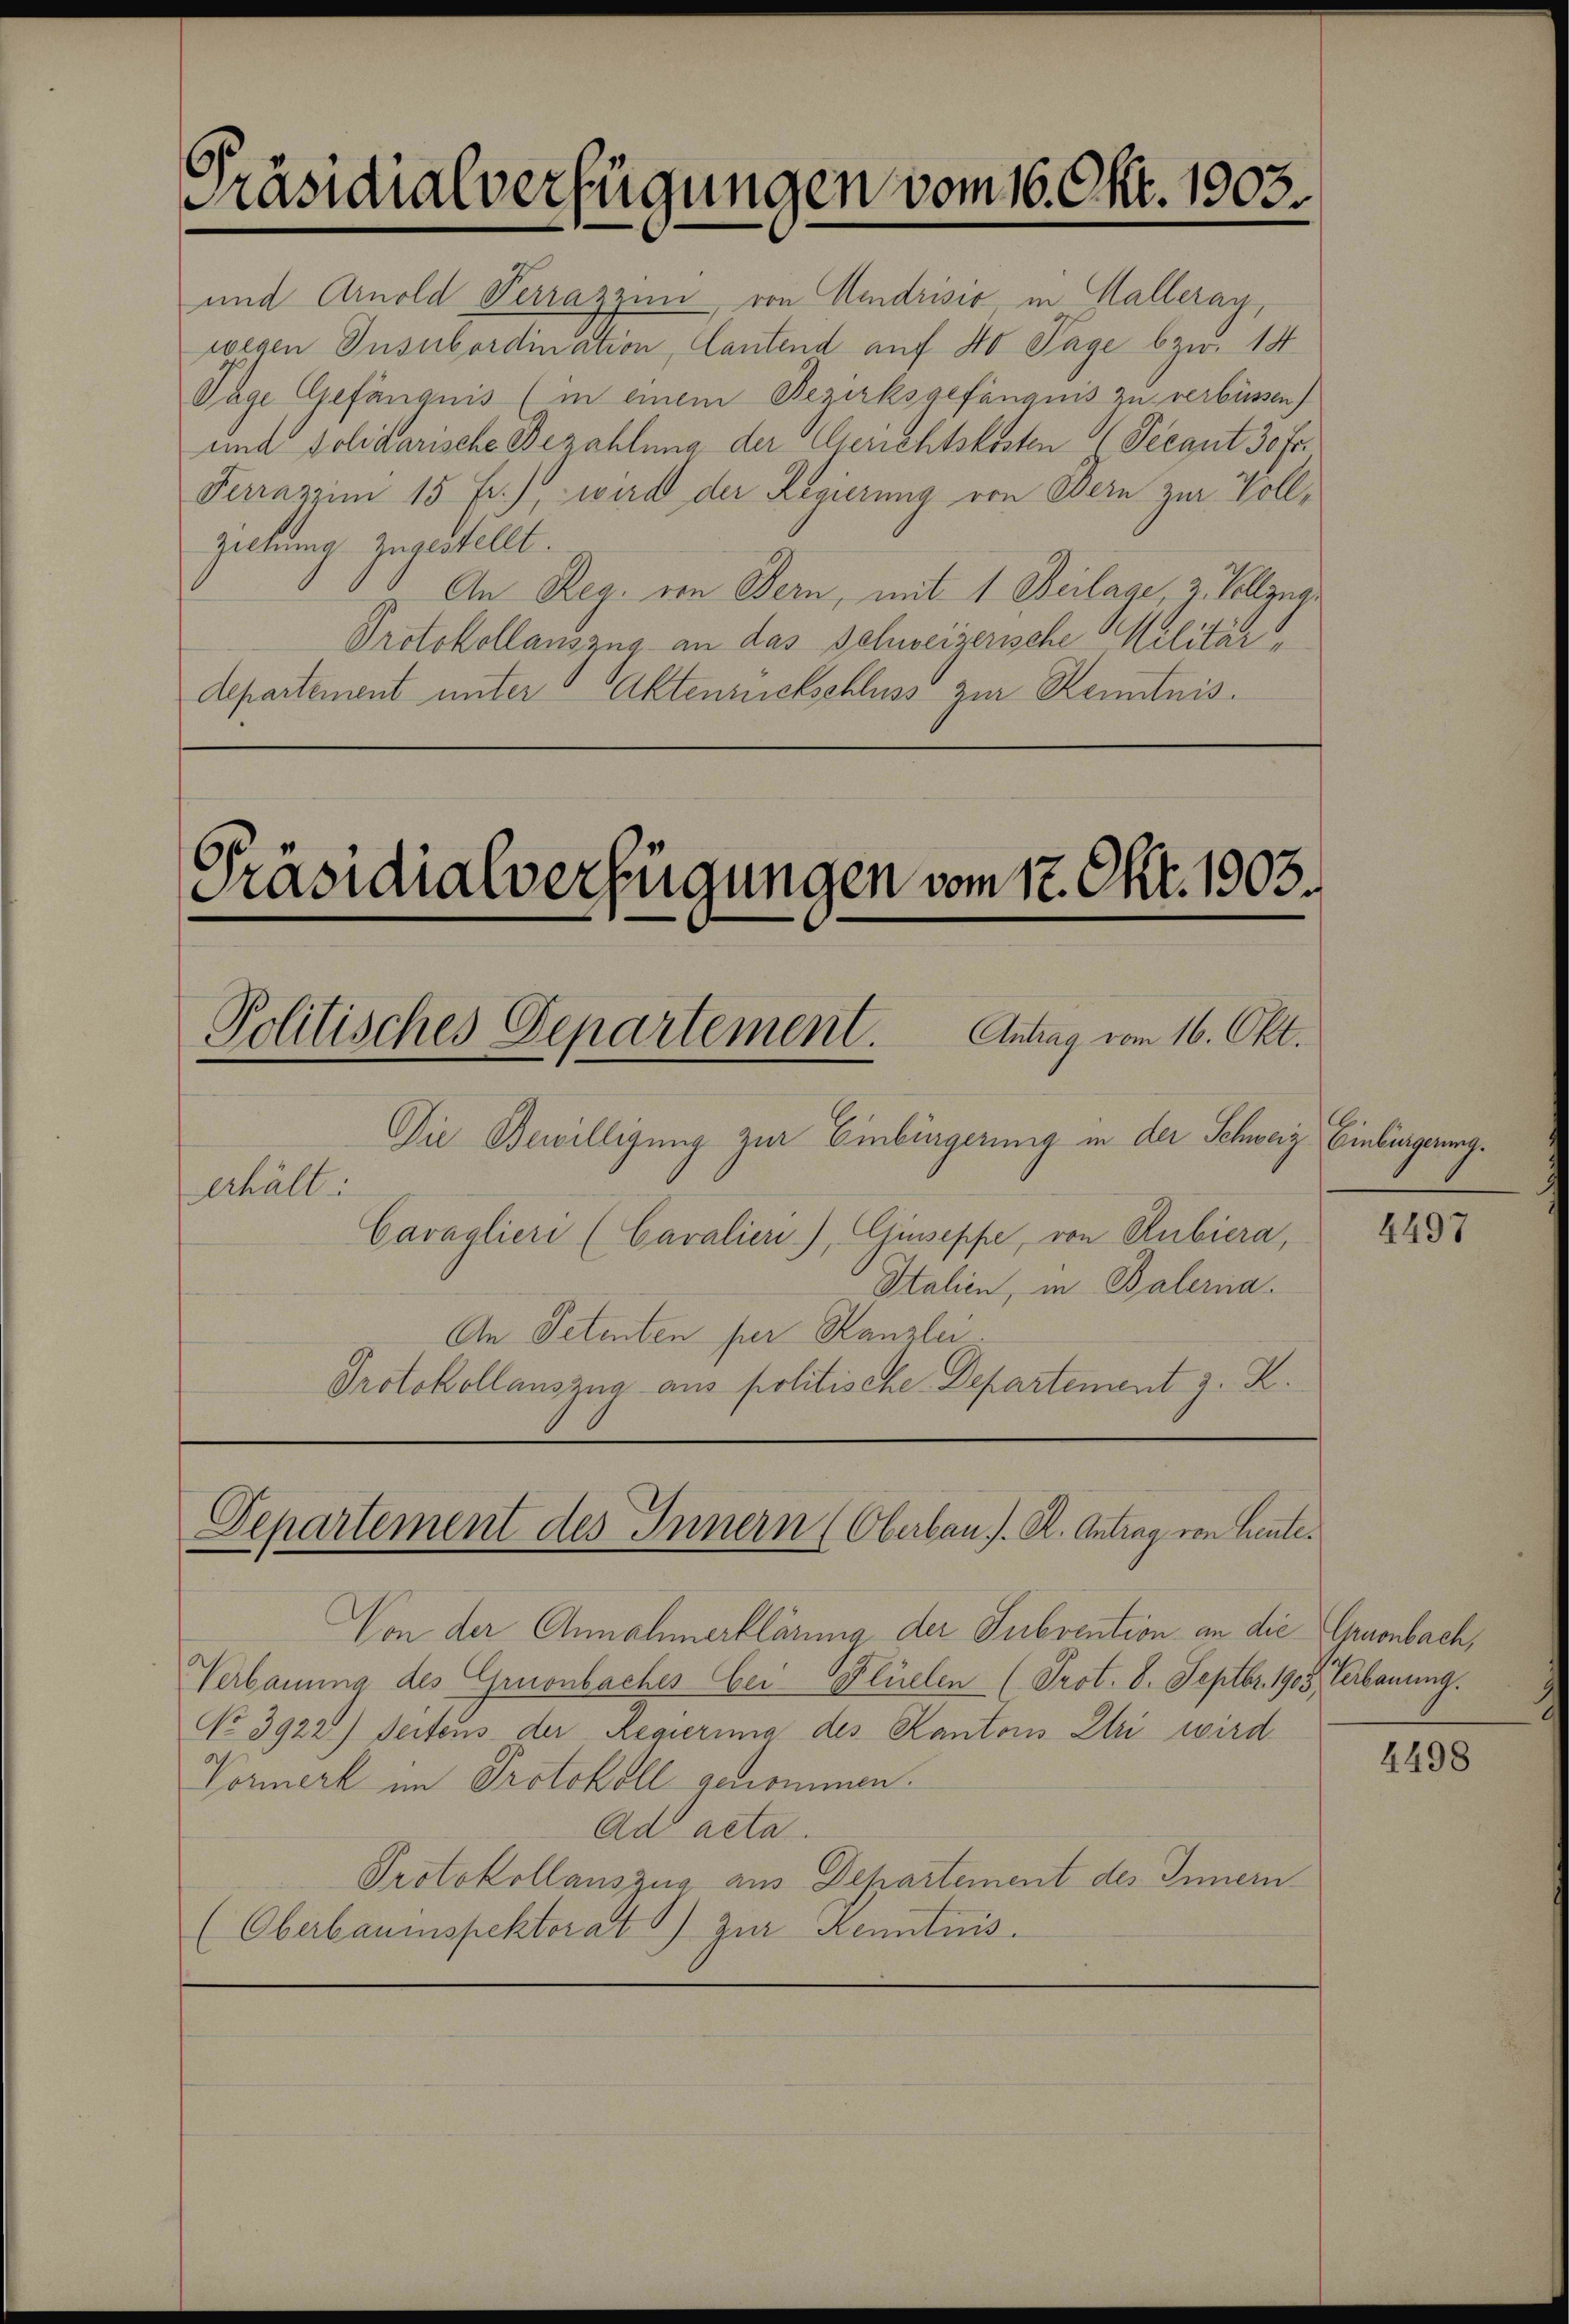
Präsidialverfügungen vom 16. Okt. 1903.

Präsidialverfügungen vom 12. Okt. 1903.
Politisches Departement. Antrag vom 16. Okt.

und Arnold Verrazzen, von Aendrisio in Halleray,
wegen Insubordination, Cantend auf 40 Tage bzw. 14
Tage Gefängnis (in einem Bezirksgefängnis zu verbüssen)
und solidarische Bezahlung der Gerichtskosten (Decant 30 fr.
Ferrazzim 15 Fr.), wird der Regierung von Bern zur Vollziehung zugestellt.
An Reg. von Bern, mit 1 Beilage, 2. Vollzug
Protokollauszug an das Schweizerische Militär
departement unter 5 Aktenrückschluss zur Kenntnis.

Die Bewilligung zur Einbürgerung in der Schweiz. Einbürgerung¬
Cavaglieri (Cavaliere), Giuseppe, von Rubiera,
Italien, in Balerna.
An Petenten per Kanzlei.
Protokollauszug aus politische Departement z. K.

Departement des Innern (Oberbau s. R. Antrag von Heute.

erhält:

Von der Annahmerklärung der Subvention an die Chronbach,
Verbauung des Gruenbaches bei Flüelen (Prot. 8. Septbr. 1908, Verbauung.
No 3922) Seitens der Regierung des Kantons Ihri wird
h
Cormerk im Protokoll genommen.
Ad acta.
Protokollauszug aus Departement des Innern
(Oberbauinspektorat zur Kenntnis.

4497

4498